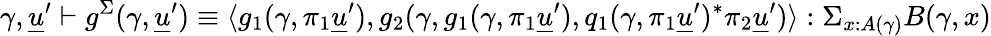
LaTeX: \gamma,\underline{{u}}^{\prime}\vdash g^{\Sigma}(\gamma,\underline{{u}}^{\prime})\equiv\langle g_{1}(\gamma,\pi_{1}\underline{{u}}^{\prime}),g_{2}(\gamma,g_{1}(\gamma,\pi_{1}\underline{{u}}^{\prime}),q_{1}(\gamma,\pi_{1}\underline{{u}}^{\prime})^{*}\pi_{2}\underline{{u}}^{\prime})\rangle:\Sigma_{x:A(\gamma)}B(\gamma,x)